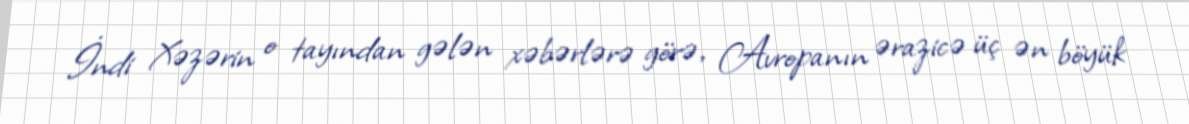
İndi Xəzərin o tayından gələn xəbərlərə görə, Avropanın ərazicə üç ən böyük